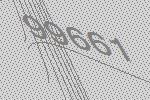
99661